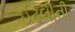
ઈટલીની